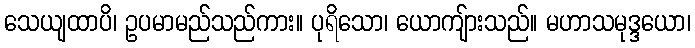
သေယျထာပိ၊ ဥပမာမည်သည်ကား။ ပုရိသော၊ ယောကျ်ားသည်။ မဟာသမုဒ္ဒယော၊